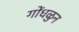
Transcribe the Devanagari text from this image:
गोंधळुन